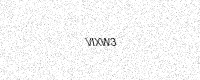
Text: VIXW3